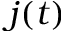
j ( t )